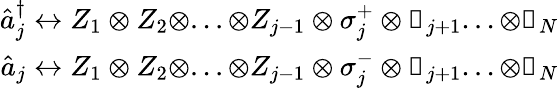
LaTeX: \begin{array}{r}{\hat{a}_{j}^{\dagger}\leftrightarrow Z_{1}\otimes Z_{2}\otimes...\otimes Z_{j-1}\otimes\sigma_{j}^{+}\otimes\mathbb{1}_{j+1}...\otimes\mathbb{1}_{N}}\\ {\hat{a}_{j}\leftrightarrow Z_{1}\otimes Z_{2}\otimes...\otimes Z_{j-1}\otimes\sigma_{j}^{-}\otimes\mathbb{1}_{j+1}...\otimes\mathbb{1}_{N}}\end{array}